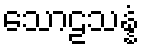
သောဠသန္နံ